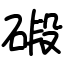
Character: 碫